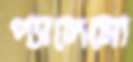
প্যালেমো